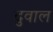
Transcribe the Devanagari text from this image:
दुवाल